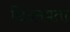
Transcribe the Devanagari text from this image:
छिद्रमयता